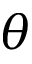
\theta